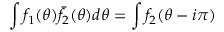
\int f _ { 1 } ( \theta ) \bar { f } _ { 2 } ( \theta ) d \theta = \int f _ { 2 } ( \theta - i \pi )